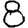
Digit: 8